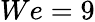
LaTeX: We=9